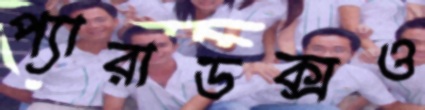
প্যারাডক্সও